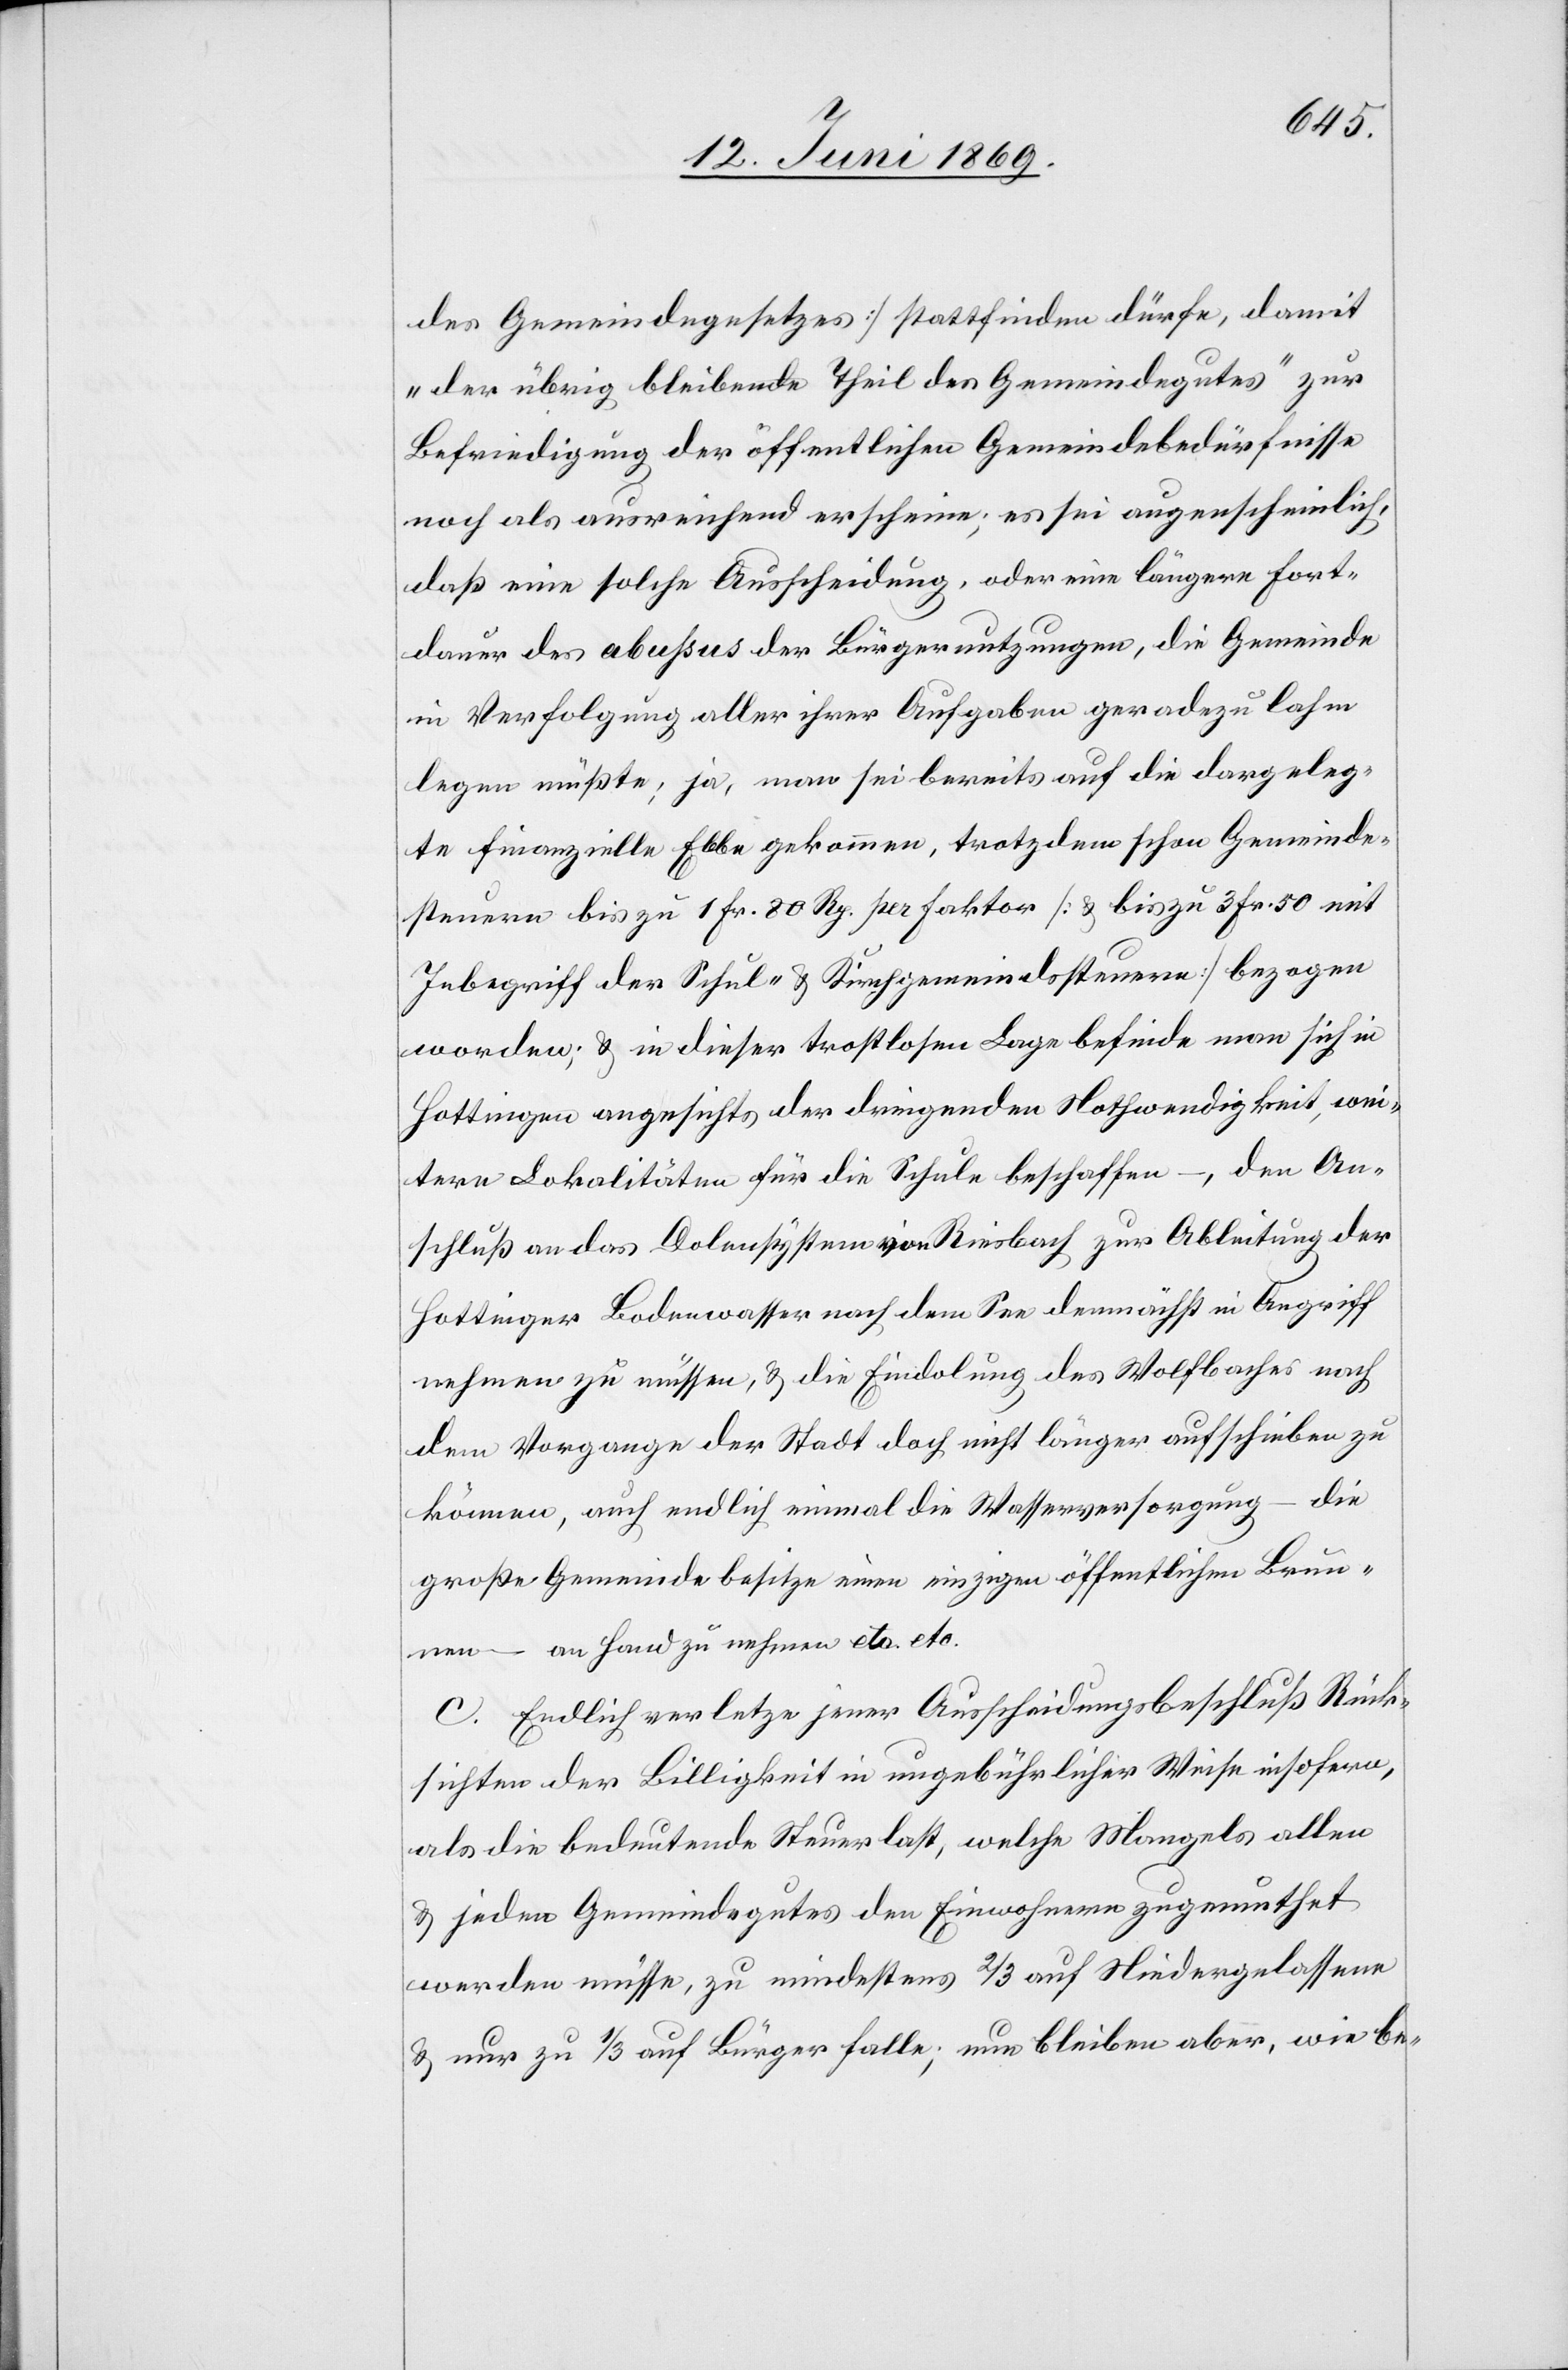
des Gemeindegesetzes] stattfinden dürfe, damit
„der übrig bleibende Theil des Gemeindegutes“ zur
Befriedigung der öffentlichen Gemeindebedürfnisse
noch als ausreichend erscheine; es sei augenscheinlich,
daß eine solche Ausscheidung, oder eine längere Fort¬
dauer des abussus der Bürgernutzungen, die Gemeinde
in Verfolgung aller ihrer Ausgaben geradezu lahm
legen müßte; ja, man sei bereits auf die dargeleg¬
te finanzielle Ebbe gekommen, trotzdem schon Gemeinde¬
steuern bis zu 1 Fr. 80 Rp. pro Faktor [u. biszu 3 Fr. 50 mit
Inbegriff der Schul- u. Kirchgemeindssteuern] bezogen
worden; u. in dieser trostlosen Lage befinde man sich in
Hottingen angesichts der dringenden Nothwendigkeit, wei¬
tere Lokalitäten für die Schule beschaffen –, den An¬
schluß an das Dolensystem von Riesbach zur Ableitung der
Hottinger Bodenwasser nach dem See demnächst in Angriff
nehmen zu müssen, u. die Eindolung des Wolfbaches nach
dem Vorgange der Stadt doch nicht länger aufschieben zu
können, auch endlich einmal die Wasserversorgung – die
große Gemeinde besitze einen einzigen öffentlichen Brun¬
nen – an Hand zu nehmen etc. etc.
c. Endlich verletze jener Ausscheidungsbeschluß Rück¬
sichten der Billigkeit in ungebührlicher Weise insofern,
als die bedeutende Steuerlast, welche Mangels allen
u. jeden Gemeindsgutes den Einwohnern zugemuthet
werden müsse, zu mindestens 2/3 auf Niedergelassene
u. nur zu 1/3 auf Bürger falle; nun bleiben daher, wie be-